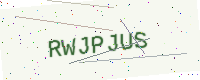
Text: RWJPJUS